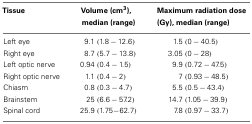
<table><thead><tr><td><b>Tissue</b></td><td><b>Volume (cm<sup>3</sup>), median (range)</b></td><td><b>Maximum radiation dose (Gy), median (range)</b></td></tr></thead><tbody><tr><td>Left eye</td><td>9.1 (1.8 −12.6)</td><td>1.5 (0 −40.5)</td></tr><tr><td>Right eye</td><td>8.7 (5.7 −13.8)</td><td>3.05 (0 −28)</td></tr><tr><td>Left optic nerve</td><td>0.94 (0.4 −1.5)</td><td>9.9 (0.72 −47.5)</td></tr><tr><td>Right optic nerve</td><td>1.1 (0.4 −2)</td><td>7 (0.93 −48.5)</td></tr><tr><td>Chiasm</td><td>0.8 (0.3 −4.7)</td><td>5.5 (0.5 −43.4)</td></tr><tr><td>Brainstem</td><td>25 (6.6 −57.2)</td><td>14.7 (1.05 −39.9)</td></tr><tr><td>Spinal cord</td><td>25.9 (1.75 −62.7)</td><td>7.8 (0.97 −33.7)</td></tr></tbody></table>